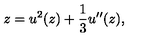
z = u ^ { 2 } ( z ) + { \frac { 1 } { 3 } } u ^ { \prime \prime } ( z ) ,